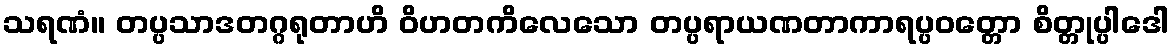
သရဏံ။ တပ္ပသာဒတဂ္ဂရုတာဟိ ဝိဟတကိလေသော တပ္ပရာယဏတာကာရပ္ပဝတ္တော စိတ္တုပ္ပါဒေါ